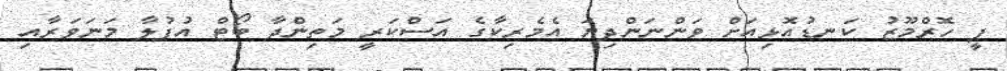
ޕީ ހޮރްމޫޒު ކަނޑުއޮޅިއަށް ވަންނަންދިޔަ އެމެރިކާގެ އަސްކަރީ މަތިންދާ ބޯޓް އުފުލާ މަނަވަރާއި